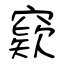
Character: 窽